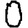
Digit: 0